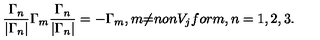
\frac { { \Gamma } _ { n } } { | { \Gamma } _ { n } | } { \Gamma } _ { m } \frac { { \Gamma } _ { n } } { | { \Gamma } _ { n } | } = - { \Gamma } _ { m } , m { \neq } n o n V _ { j } f o r m , n = 1 , 2 , 3 .